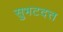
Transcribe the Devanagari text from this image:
सुभटदत्त